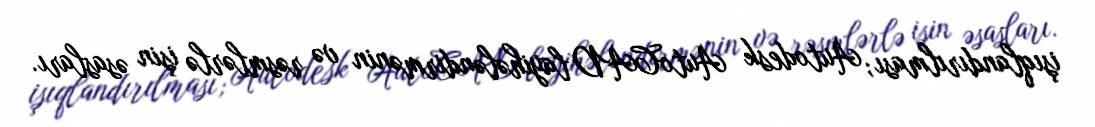
işıqlandırılması; Autodesk AutoCAD layihələndirmənin və rəsmlərlə işin əsasları.